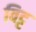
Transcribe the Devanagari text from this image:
विट्ट